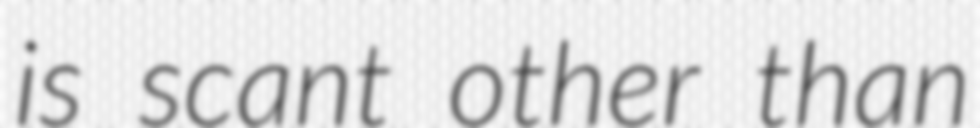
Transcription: is scant other than